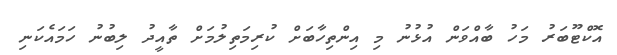
އޮކްޓޫބަރު މަހު ބާއްވަން އުޅުނު މި އިންތިހާބަށް ކުރިމަތިލުމަށް ތާއީދު ލިބުނު ހަމައެކަނި